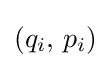
(q_{i},\,p_{i})